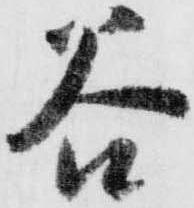
谷